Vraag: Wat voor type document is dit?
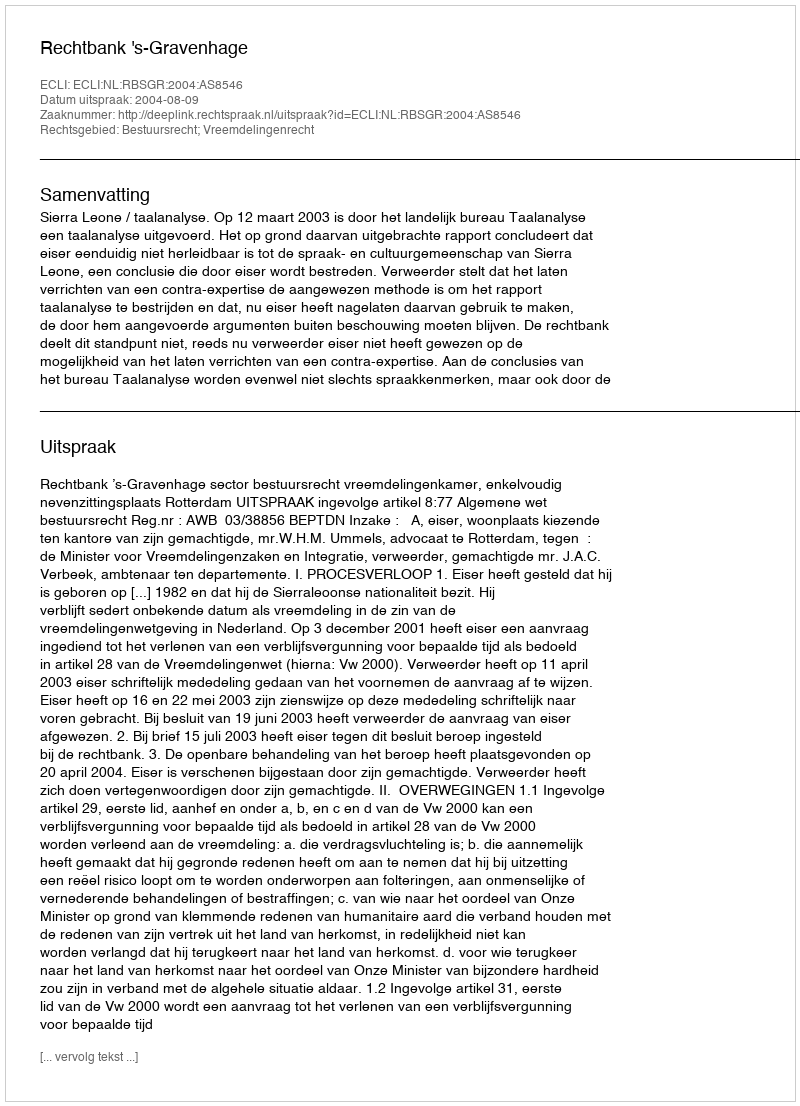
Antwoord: Uitspraak